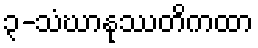
၃-သံဃာနုဿတိကထာ